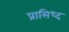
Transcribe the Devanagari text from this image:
प्रासिध्द